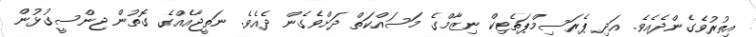
އިތުރުވެގެންދެއެވެ. އަދި ޕެރަސިމްޕަތެޓިކް ނިޒާމްގެ މަސައްކަތް ދަށްވެގެން ދެއެވެ. ނަތީޖާއެއްގެ ގޮތުން ޖިންސީގުޅުން